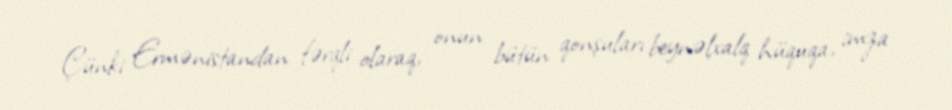
Çünki Ermənistandan fərqli olaraq, onun bütün qonşuları beynəlxalq hüquqa, imza